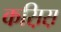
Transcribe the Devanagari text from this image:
कस़िस़